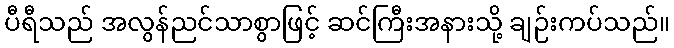
ပီရီသည် အလွန်ညင်သာစွာဖြင့် ဆင်ကြီးအနားသို့ ချဉ်းကပ်သည်။